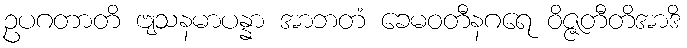
ဥပဂတာတိ ဗျသနမာပန္နာ အာဘတံ ခေမဝတီနဂရေ ဝိဇ္ဇတီတိအာဒိ